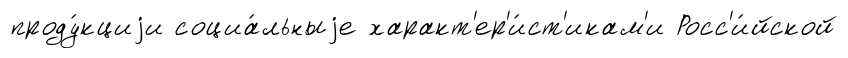
проду́кциjи социа́льныjе характ'ер'и́ст'икам'и Росс'и́йской